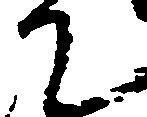
て